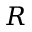
R